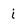
Character: i